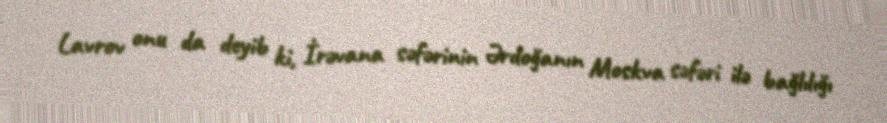
Lavrov onu da deyib ki, İrəvana səfərinin Ərdoğanın Moskva səfəri ilə bağlılığı